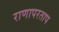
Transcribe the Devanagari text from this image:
राणापरताप